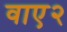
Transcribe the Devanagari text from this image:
वाए२